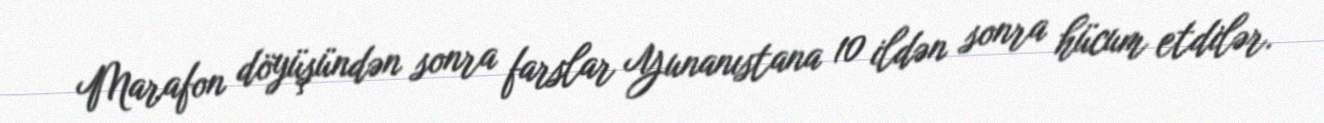
Marafon döyüşündən sonra farslar Yunanıstana 10 ildən sonra hücum etdilər.